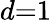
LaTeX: d{=}1